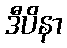
ဒီပိနာ